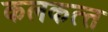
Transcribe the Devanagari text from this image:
कलकत्‍त